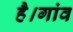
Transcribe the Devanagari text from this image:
है।गांव